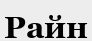
Райн